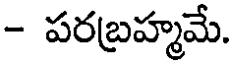
- పరబ్రహ్మమే.